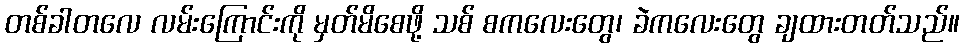
တစ်ခါတလေ လမ်းကြောင်းကို မှတ်မိစေဖို့ သစ် စကလေးတွေ၊ ခဲကလေးတွေ ချထားတတ်သည်။